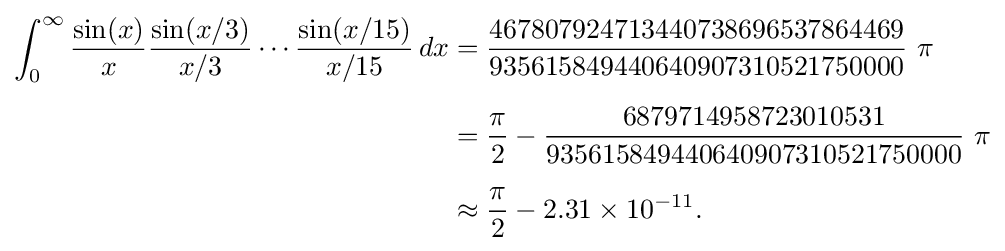
{\begin{aligned}\int _{0}^{\infty }{\frac {\sin(x)}{x}}{\frac {\sin(x/3)}{x/3}}\cdots {\frac {\sin(x/15)}{x/15}}\,dx&={\frac {467807924713440738696537864469}{935615849440640907310521750000}}~\pi \\[5pt]&={\frac {\pi }{2}}-{\frac {6879714958723010531}{935615849440640907310521750000}}~\pi \\[5pt]&\approx {\frac {\pi }{2}}-2.31\times 10^{-11}.\end{aligned}}